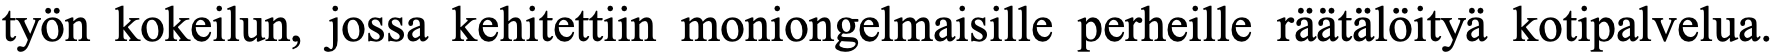
työn kokeilun, jossa kehitettiin moniongelmaisille perheille räätälöityä kotipalvelua.